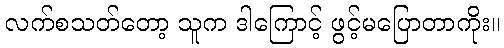
လက်စသတ်တော့ သူက ဒါကြောင့် ဖွင့်မပြောတာကိုး။